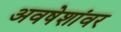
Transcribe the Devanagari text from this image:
अवषेशांवर